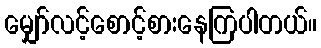
မျှော်လင့်စောင့်စားနေကြပါတယ်။